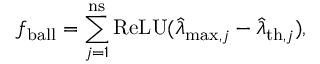
f _ { \mathrm { b a l l } } = \sum _ { j = 1 } ^ { \mathrm { n s } } \mathrm { R e L U } ( \widehat { \lambda } _ { \mathrm { m a x } , j } - \widehat { \lambda } _ { \mathrm { t h } , j } ) ,